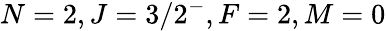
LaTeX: N=2,J=3/2^{-},F=2,M=0